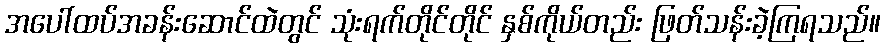
အပေါ်ထပ်အခန်းဆောင်ထဲတွင် သုံးရက်တိုင်တိုင် နှစ်ကိုယ်တည်း ဖြတ်သန်းခဲ့ကြရသည်။